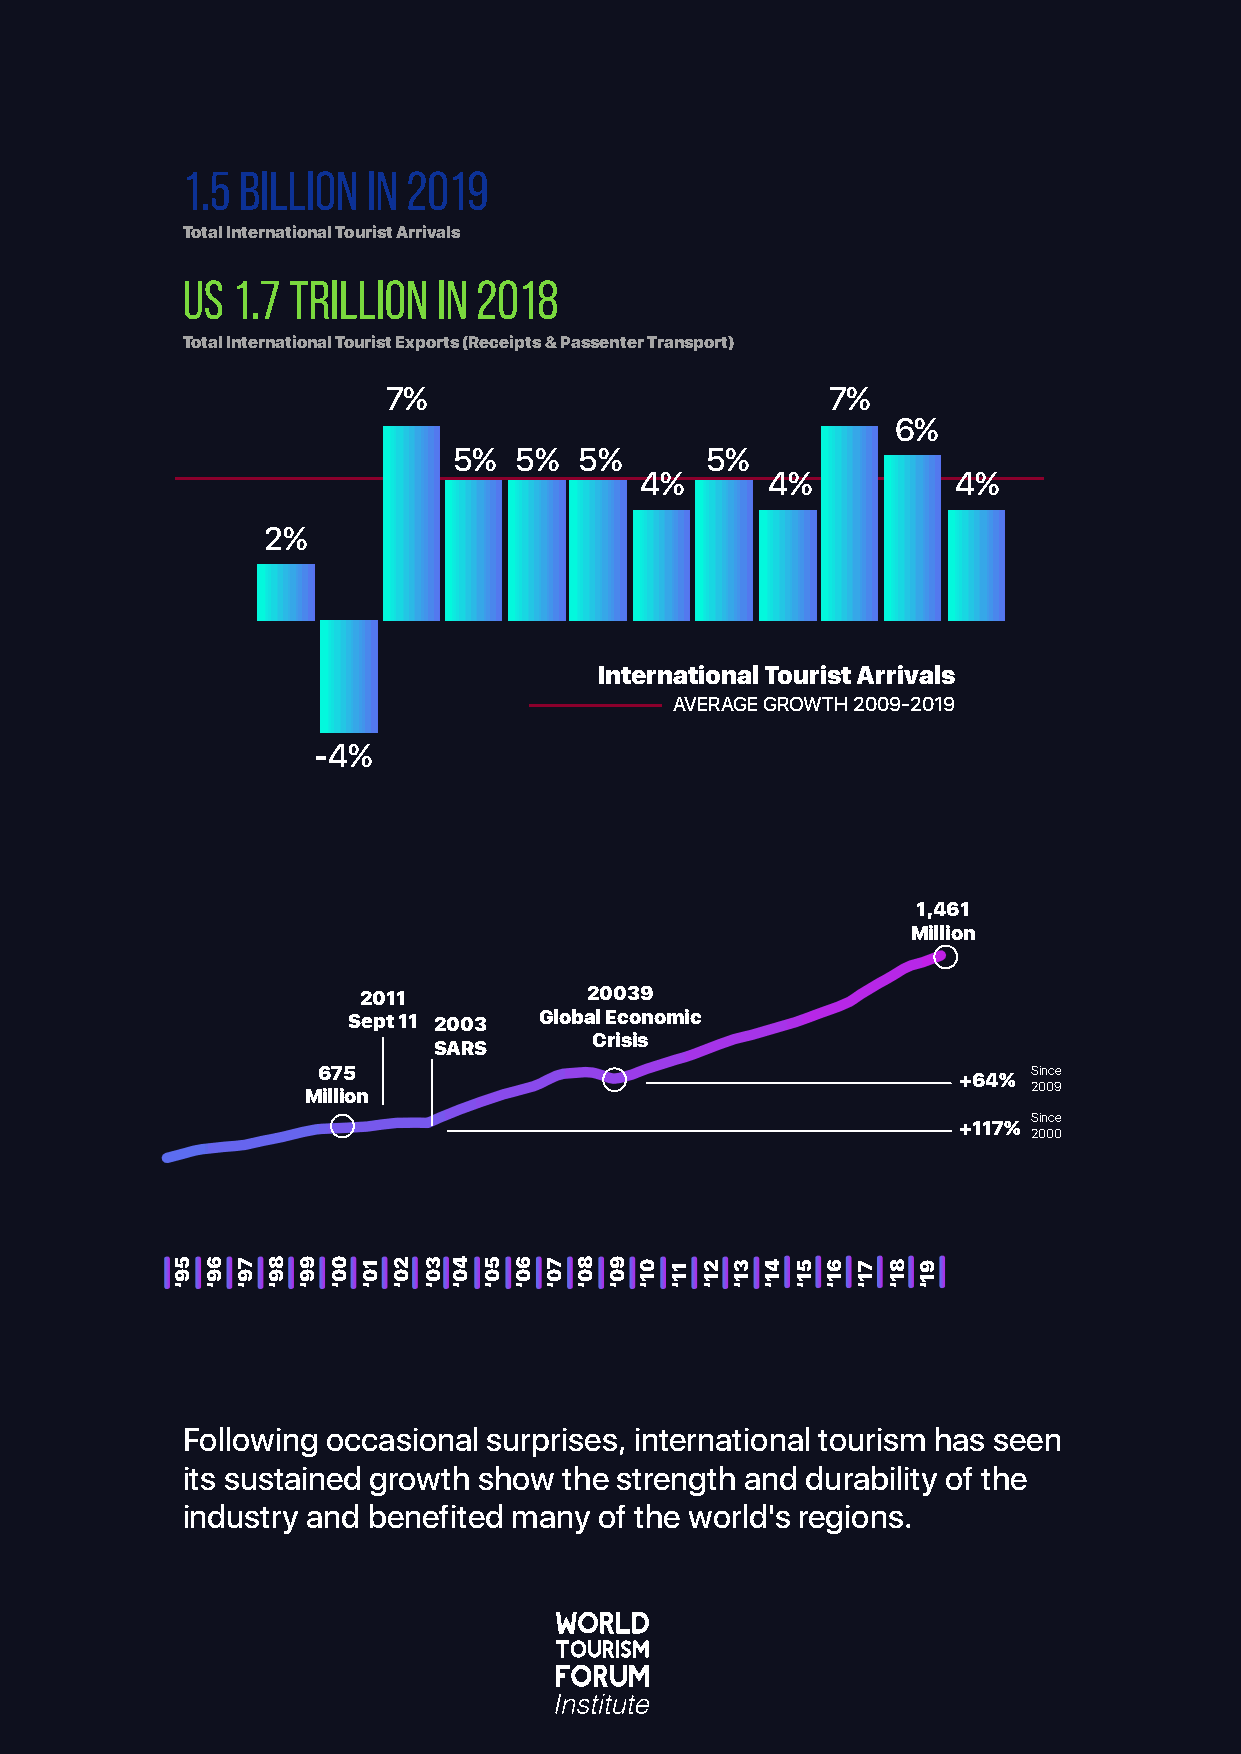
1.5 Billion in 2019
 Total International Tourist Arrivals
 US 1.7 Trillion  in 2018
 Total International Tourist Exports (Receipts & Passenter Transport)
 7%                           7%
 6%
 5%  5%  5%       5%
 4%       4%          4%
 2%
 International Tourist Arrivals
 AVERAGE GROWTH 2009-2019
 -4%
 1,461
 Million
 2011           20039
 Sept 11 2003 Global Economic
 Crisis
 SARS
 675                                            Since
 +64% 2009
 Million
 Since
 +117% 2000
 Following occasional surprises, international tourism has seen
 its sustained growth show the strength and durability of the
 industry and benefited many of the world's regions.
 59‘ 69‘ 79‘ 89‘ 99‘ 00‘ 10‘ 20‘ 30‘ 40‘ 50‘ 60‘ 70‘ 80‘ 90‘ 01‘ 11‘ 21‘ 31‘ 41‘ 51‘ 61‘ 71‘ 81‘ 91‘